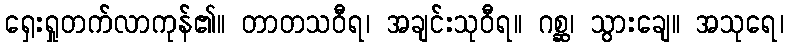
ရှေးရှုတက်လာကုန်၏။ တာတသဝီရ၊ အချင်းသုဝီရ။ ဂစ္ဆ၊ သွားချေ။ အသုရေ၊